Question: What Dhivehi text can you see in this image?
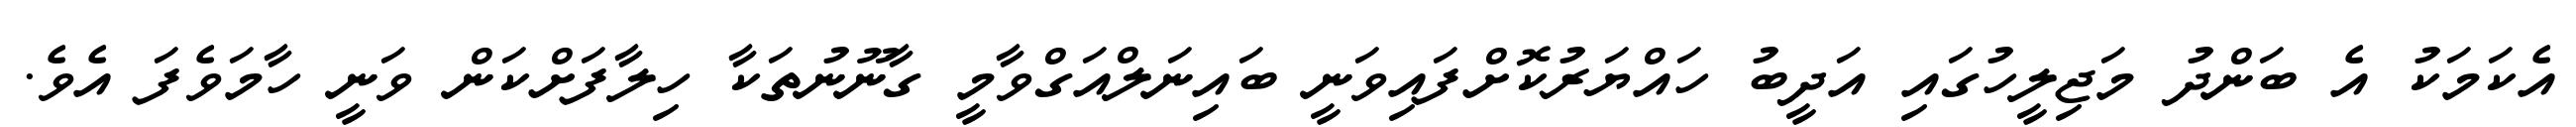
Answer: އެކަމަކު އެ ބަންދު މަޖިލީހުގައި އަދީބު ހައްޔަރުކޮށްފައިވަނީ ބައިނަލްއަގްވާމީ ގާނޫނުތަކާ ހިލާފަށްކަން ވަނީ ހާމަވެފަ އެވެ.